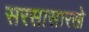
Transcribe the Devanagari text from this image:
सरसासारखे